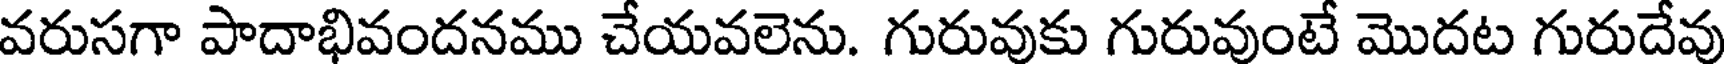
వరుసగా పాదాభివందనము చేయవలెను. గురువుకు గురువుంటే మొదట గురుదేవు